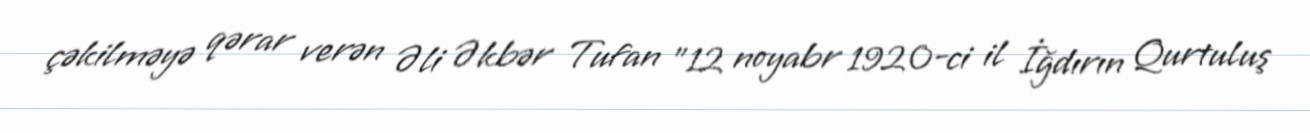
çəkilməyə qərar verən Əli Əkbər Tufan "12 noyabr 1920-ci il İğdırın Qurtuluş